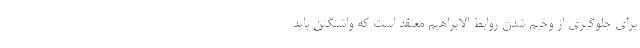
برای جلوگیری از وخیم شدن روابط الابراهیم معتقد است که واشنگتن باید